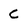
Character: C